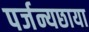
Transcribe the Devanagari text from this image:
पर्जन्यछाया